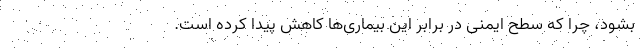
بشود، چرا که سطح ایمنی در برابر این بیماری‌ها کاهش پیدا کرده است.